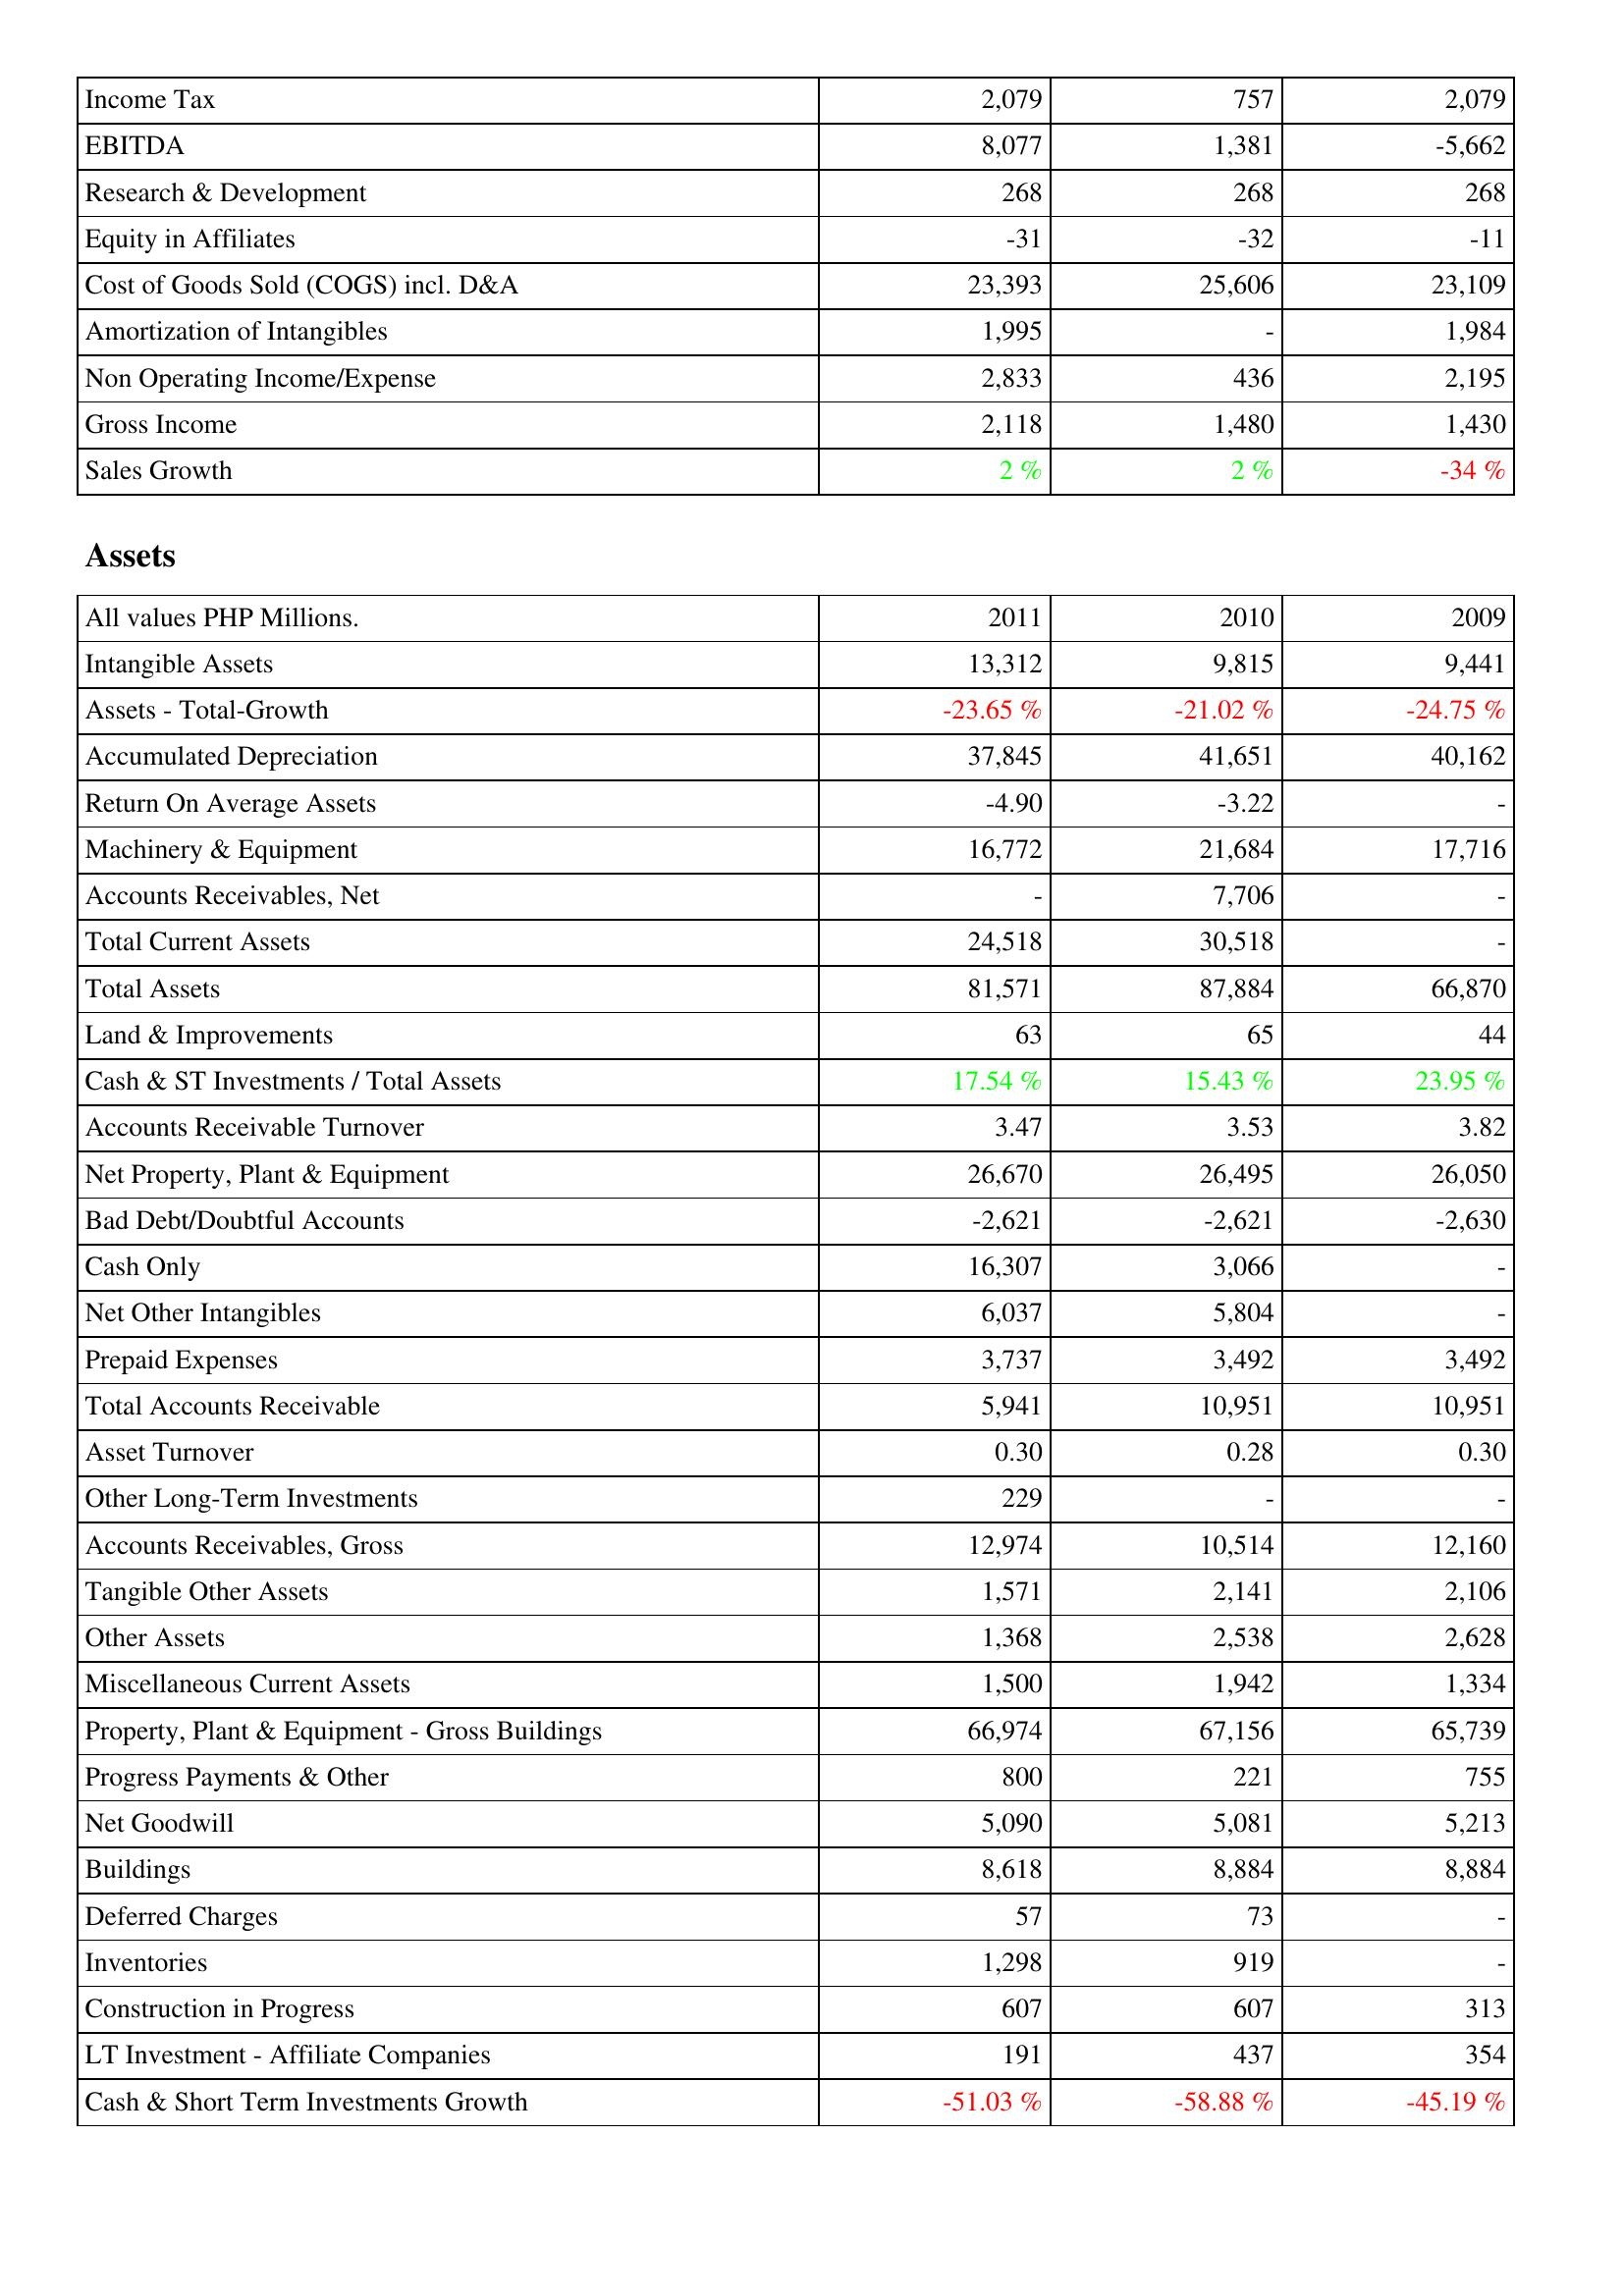
2011: Income Statement: Income Tax: 2,079
EBITDA: 8,077
Research & Development: 268
Equity in Affiliates: -31
Cost of Goods Sold (COGS) incl. D&A: 23,393
Amortization of Intangibles: 1,995
Non Operating Income/Expense: 2,833
Gross Income: 2,118
Sales Growth: 2 %
Assets: Intangible Assets: 13,312
Assets - Total-Growth: -23.65 %
Accumulated Depreciation: 37,845
Return On Average Assets: -4.90
Machinery & Equipment: 16,772
Accounts Receivables, Net: -
Total Current Assets: 24,518
Total Assets: 81,571
Land & Improvements: 63
Cash & ST Investments / Total Assets: 17.54 %
Accounts Receivable Turnover: 3.47
Net Property, Plant & Equipment: 26,670
Bad Debt/Doubtful Accounts: -2,621
Cash Only: 16,307
Net Other Intangibles: 6,037
Prepaid Expenses: 3,737
Total Accounts Receivable: 5,941
Asset Turnover: 0.30
Other Long-Term Investments: 229
Accounts Receivables, Gross: 12,974
Tangible Other Assets: 1,571
Other Assets: 1,368
Miscellaneous Current Assets: 1,500
Property, Plant & Equipment - Gross Buildings: 66,974
Progress Payments & Other: 800
Net Goodwill: 5,090
Buildings: 8,618
Deferred Charges: 57
Inventories: 1,298
Construction in Progress: 607
LT Investment - Affiliate Companies: 191
Cash & Short Term Investments Growth: -51.03 %
2010: Income Statement: Income Tax: 757
EBITDA: 1,381
Research & Development: 268
Equity in Affiliates: -32
Cost of Goods Sold (COGS) incl. D&A: 25,606
Amortization of Intangibles: -
Non Operating Income/Expense: 436
Gross Income: 1,480
Sales Growth: 2 %
Assets: Intangible Assets: 9,815
Assets - Total-Growth: -21.02 %
Accumulated Depreciation: 41,651
Return On Average Assets: -3.22
Machinery & Equipment: 21,684
Accounts Receivables, Net: 7,706
Total Current Assets: 30,518
Total Assets: 87,884
Land & Improvements: 65
Cash & ST Investments / Total Assets: 15.43 %
Accounts Receivable Turnover: 3.53
Net Property, Plant & Equipment: 26,495
Bad Debt/Doubtful Accounts: -2,621
Cash Only: 3,066
Net Other Intangibles: 5,804
Prepaid Expenses: 3,492
Total Accounts Receivable: 10,951
Asset Turnover: 0.28
Other Long-Term Investments: -
Accounts Receivables, Gross: 10,514
Tangible Other Assets: 2,141
Other Assets: 2,538
Miscellaneous Current Assets: 1,942
Property, Plant & Equipment - Gross Buildings: 67,156
Progress Payments & Other: 221
Net Goodwill: 5,081
Buildings: 8,884
Deferred Charges: 73
Inventories: 919
Construction in Progress: 607
LT Investment - Affiliate Companies: 437
Cash & Short Term Investments Growth: -58.88 %
2009: Income Statement: Income Tax: 2,079
EBITDA: -5,662
Research & Development: 268
Equity in Affiliates: -11
Cost of Goods Sold (COGS) incl. D&A: 23,109
Amortization of Intangibles: 1,984
Non Operating Income/Expense: 2,195
Gross Income: 1,430
Sales Growth: -34 %
Assets: Intangible Assets: 9,441
Assets - Total-Growth: -24.75 %
Accumulated Depreciation: 40,162
Return On Average Assets: -
Machinery & Equipment: 17,716
Accounts Receivables, Net: -
Total Current Assets: -
Total Assets: 66,870
Land & Improvements: 44
Cash & ST Investments / Total Assets: 23.95 %
Accounts Receivable Turnover: 3.82
Net Property, Plant & Equipment: 26,050
Bad Debt/Doubtful Accounts: -2,630
Cash Only: -
Net Other Intangibles: -
Prepaid Expenses: 3,492
Total Accounts Receivable: 10,951
Asset Turnover: 0.30
Other Long-Term Investments: -
Accounts Receivables, Gross: 12,160
Tangible Other Assets: 2,106
Other Assets: 2,628
Miscellaneous Current Assets: 1,334
Property, Plant & Equipment - Gross Buildings: 65,739
Progress Payments & Other: 755
Net Goodwill: 5,213
Buildings: 8,884
Deferred Charges: -
Inventories: -
Construction in Progress: 313
LT Investment - Affiliate Companies: 354
Cash & Short Term Investments Growth: -45.19 %